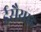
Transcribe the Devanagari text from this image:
ईसैयाह